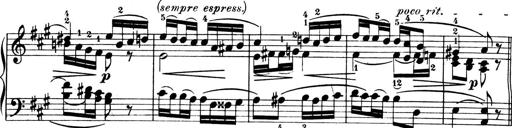
Title: 4 Sonatines
Composer: Max Reger